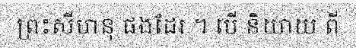
ព្រះសីហនុ ផងដែរ ។ បើ និយាយ ពី